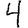
Digit: 4